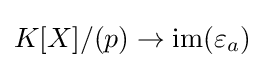
K[X]/(p)\rightarrow \mathrm {im} (\varepsilon _{a})